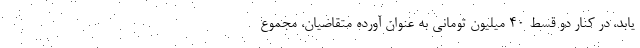
یابد، در کنار دو قسط ۴۰ میلیون تومانی به عنوان آورده متقاضیان، مجموع